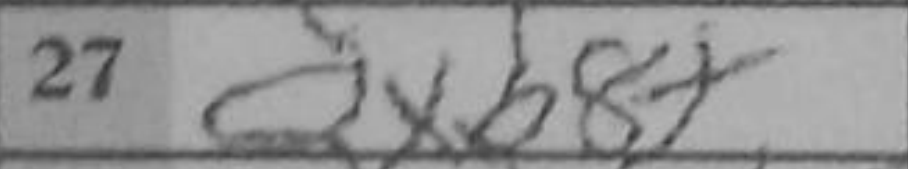
Transcription: Qxb8+